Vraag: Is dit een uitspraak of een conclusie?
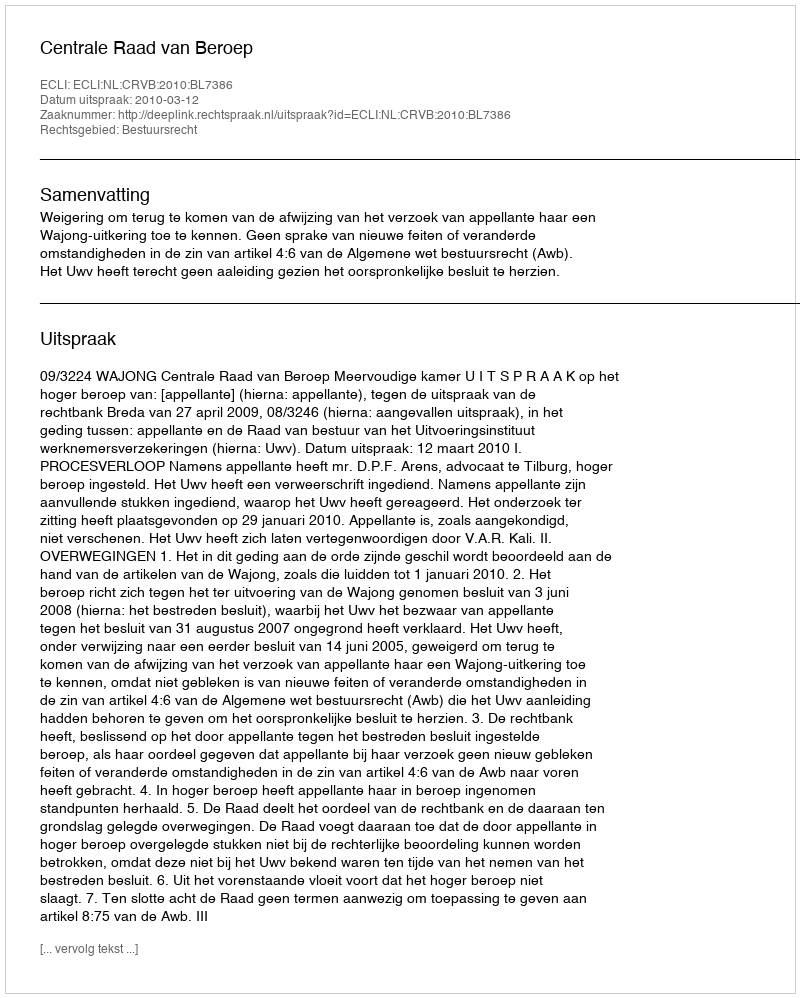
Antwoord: Uitspraak